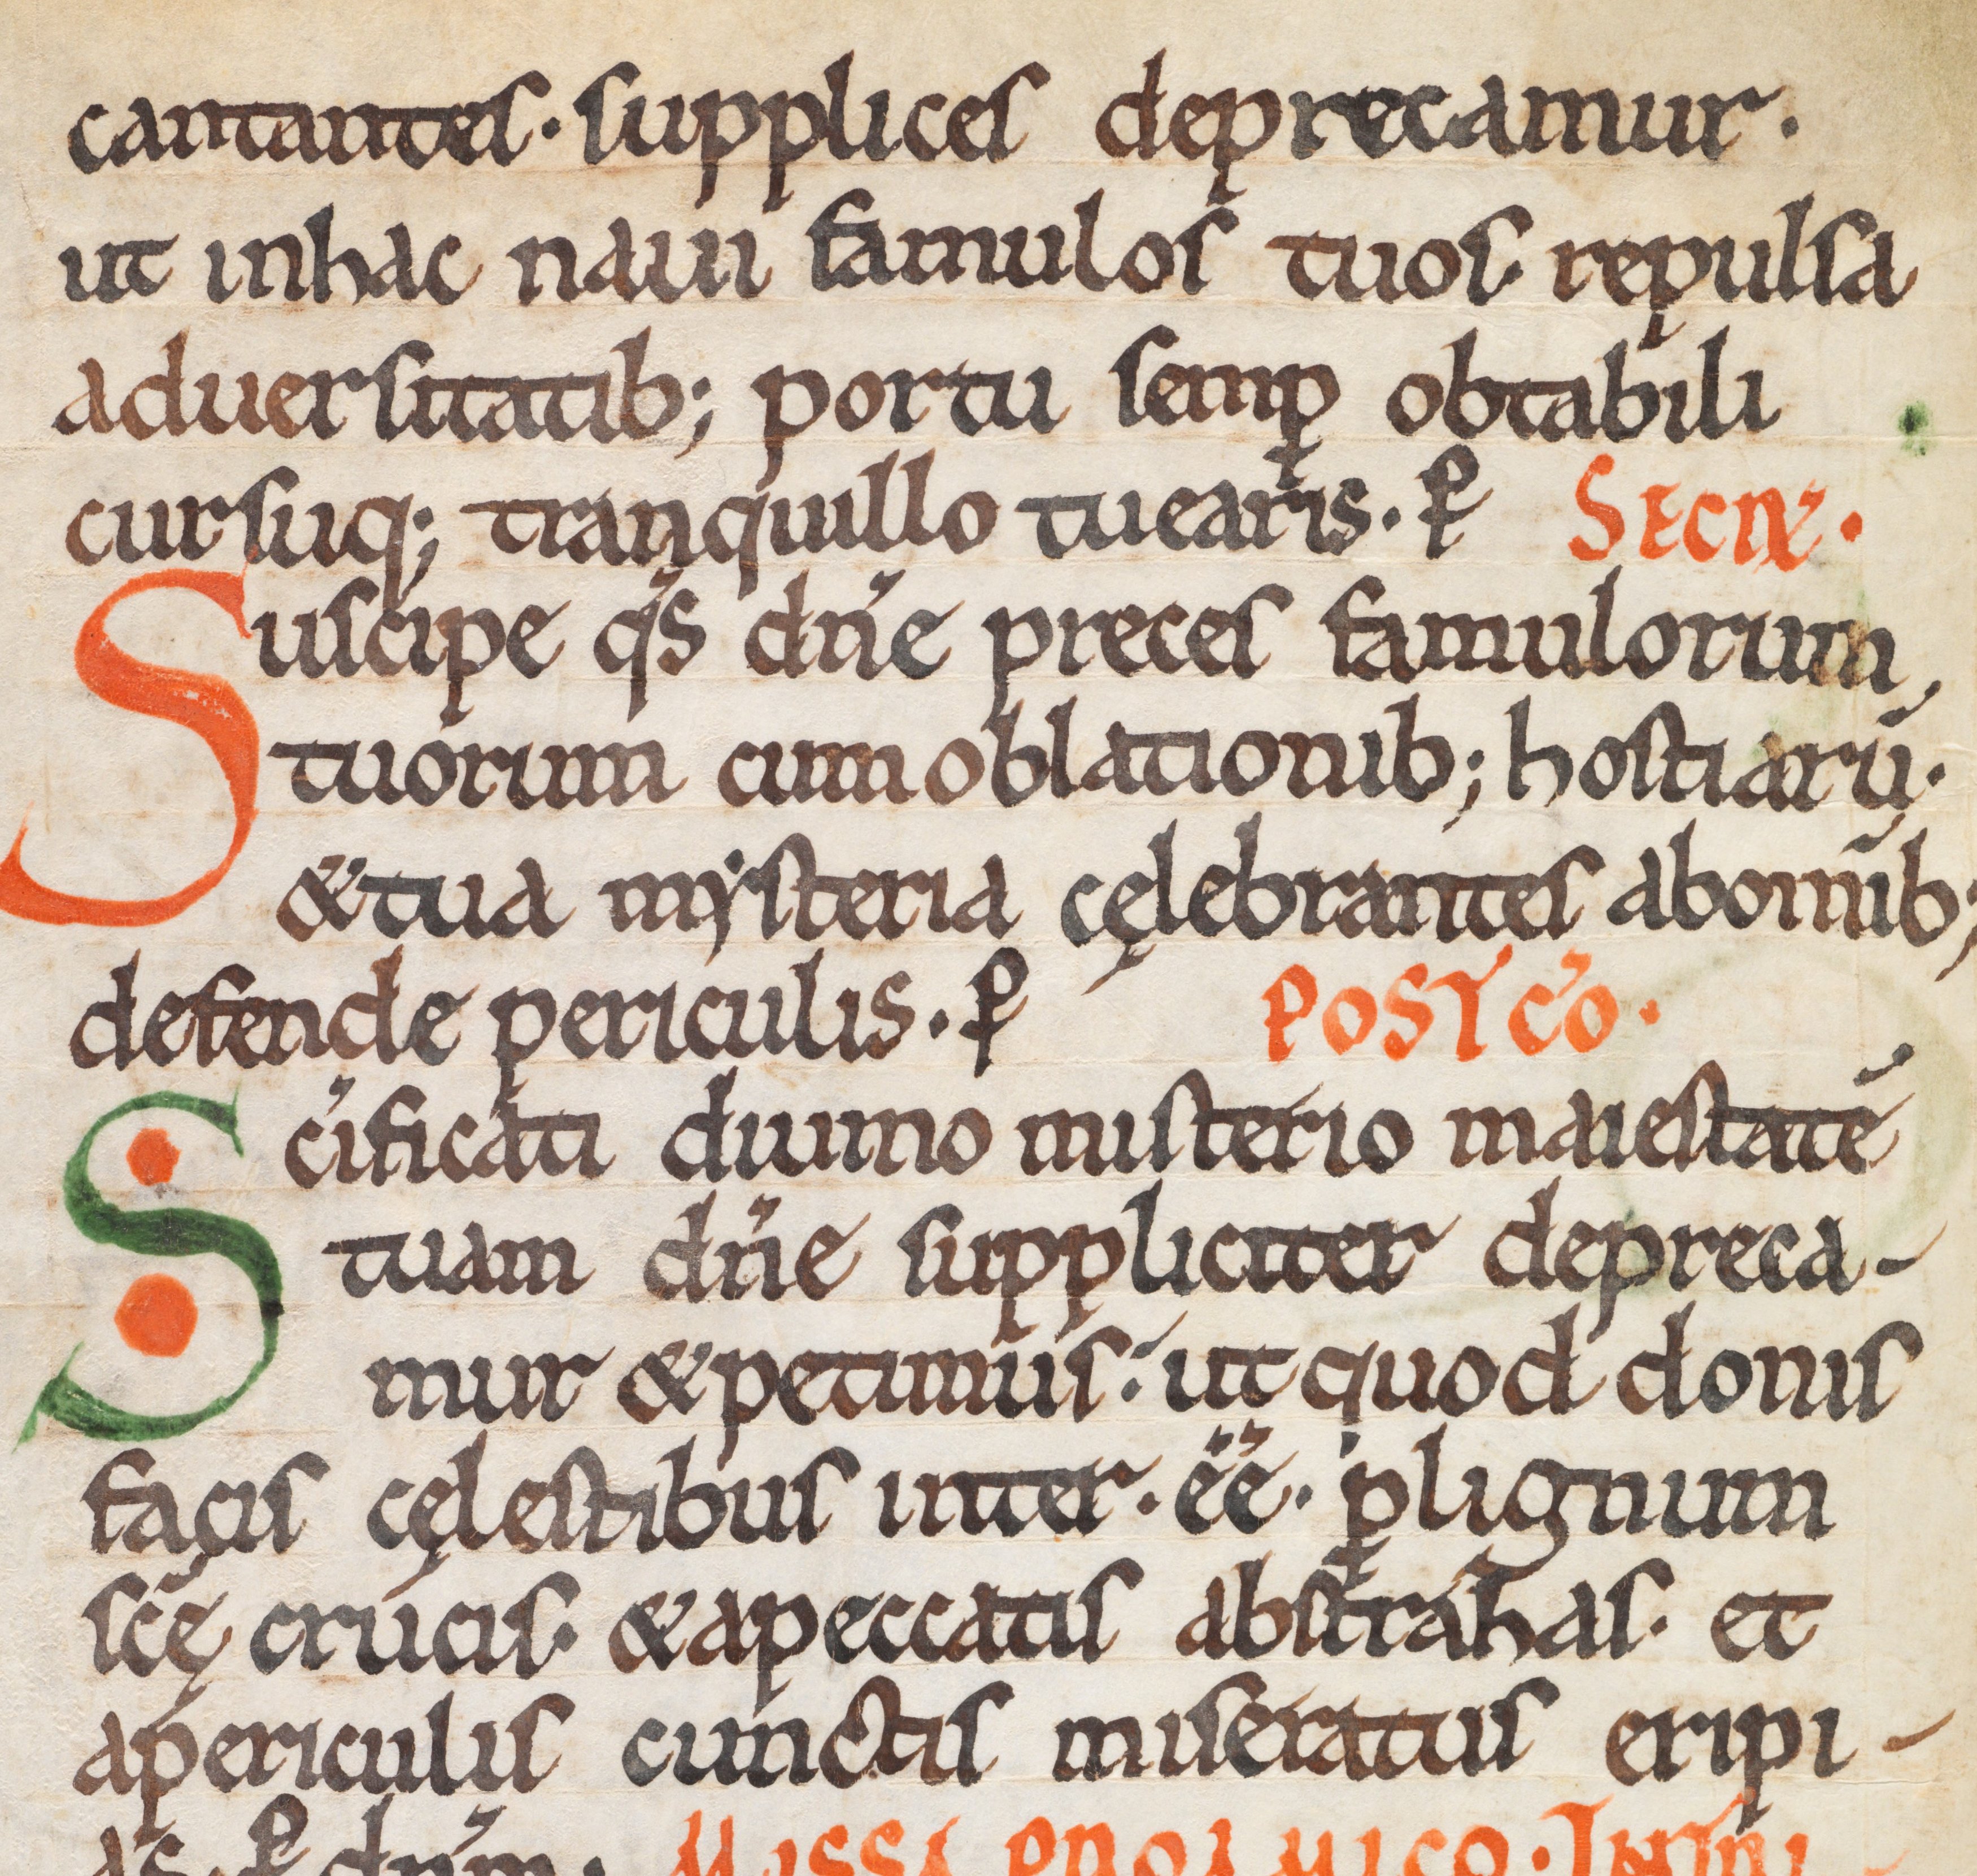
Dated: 1075–1115